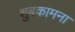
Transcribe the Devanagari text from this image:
शुबकामना